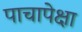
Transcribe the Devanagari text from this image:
पाचापेक्षा